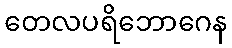
တေလပရိဘောဂေန